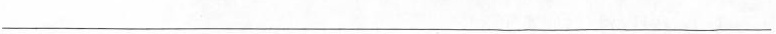
___